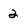
Character: 2